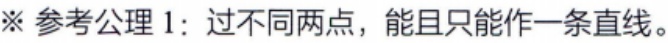
※ 参考公理 1：过不同两点，能且只能作一条直线。